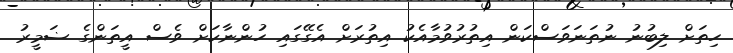
ހިތަށް ލިބުނު ނުތަނަވަސްކަން އިތުރުވުމާއެކު އިތުރަށް އެގޭގައި ހުންނާކަށް ވެސް އީތަންގެ ޟަމީރު